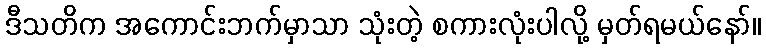
ဒီသတိက အကောင်းဘက်မှာသာ သုံးတဲ့ စကားလုံးပါလို့ မှတ်ရမယ်နော်။